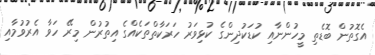
އެގޮތުން ބޮޑެތި މީހުންނާއި ކުޑަކުދިންގެ ކުޅިވަރު ހަރަކާތްތަކެއްގެ އިތުރުން މިރޭ ހަވާ އެރުވުމާއި